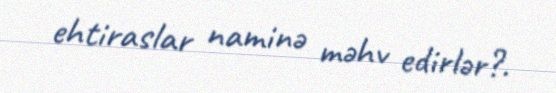
ehtiraslar naminə məhv edirlər?.